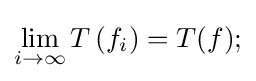
\lim _{i\to \infty }T\left(f_{i}\right)=T(f);